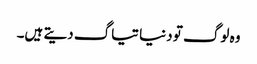
وہ لوگ تو دنیا تیاگ دیتے ہیں۔